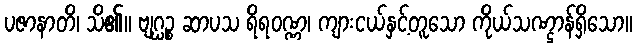
ပဇာနာတိ၊ သိ၏။ ဗျဂ္ဃဉ္စ ဆာပသ ရိရဝဏ္ဏ၊ ကျားငယ်နှင့်တူသော ကိုယ်သဏ္ဌာန်ရှိသော။